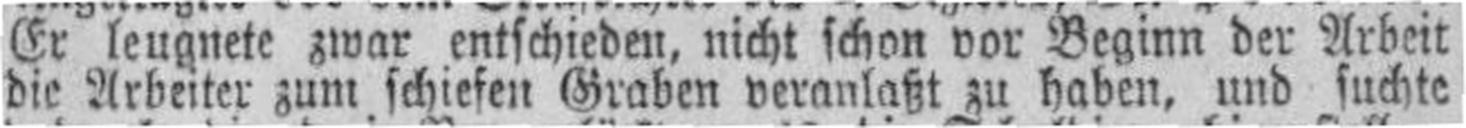
die Arbeiter zum schiefen Graben veranlaßt zu haben, und suchte